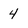
Character: 4